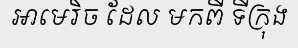
អាមេរិច ដែល មកពី ទីក្រុង